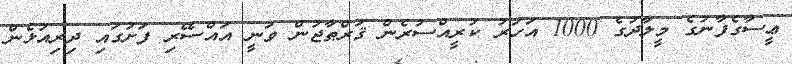
ޢީސާގެފާނުގެ މީލާދުގެ 1000 އަހަރު ކުރީއްސުރެން ޤަރްޠާޖުން ވަނީ އައްސޭރި ފަށުގައި ދިރިއުޅެން